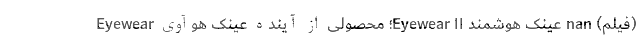
(فیلم) nan عینک هوشمند Eyewear II؛ محصولی از آینده عینک هوآوی Eyewear